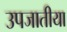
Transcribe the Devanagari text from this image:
उपजातीया